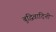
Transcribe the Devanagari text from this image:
बुद्धिवादिनी